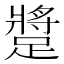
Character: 𨄚